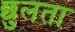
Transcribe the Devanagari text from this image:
छुलता